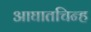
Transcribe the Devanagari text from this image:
आघातचिन्ह